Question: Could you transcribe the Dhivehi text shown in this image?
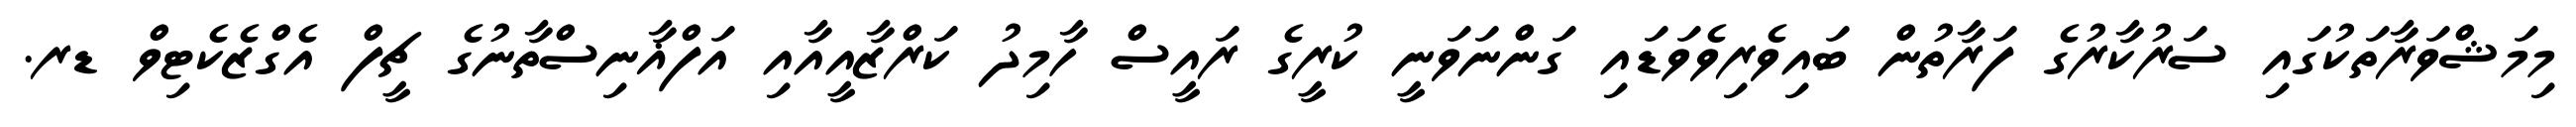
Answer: މިމަޝްވަރާތަކުގައި ސަރުކާރުގެ ފަރާތުން ބައިވެރިވެވަޑައި ގަންނަވަނީ ކުރީގެ ރައީސް ހާމިދު ކަރްޒާއީއާއި އަފްޣާނިސްތާނުގެ ޗީފް އެގްޒެކެޓިވް ޑރ.